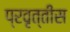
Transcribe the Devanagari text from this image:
प्रवृत्तीस